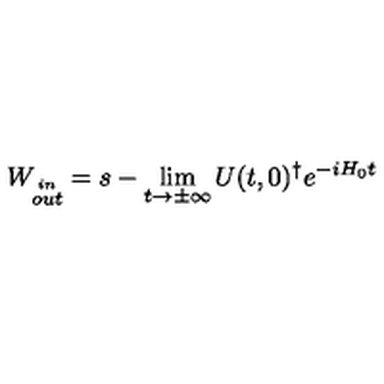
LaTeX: W _ { \stackrel { i n } { o u t } } = s - \lim _ { t \rightarrow \pm \infty } U ( t , 0 ) ^ { \dagger } e ^ { - i H _ { 0 } t }